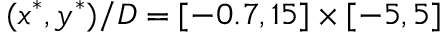
( x ^ { * } , y ^ { * } ) / D = [ - 0 . 7 , 1 5 ] \times [ - 5 , 5 ]